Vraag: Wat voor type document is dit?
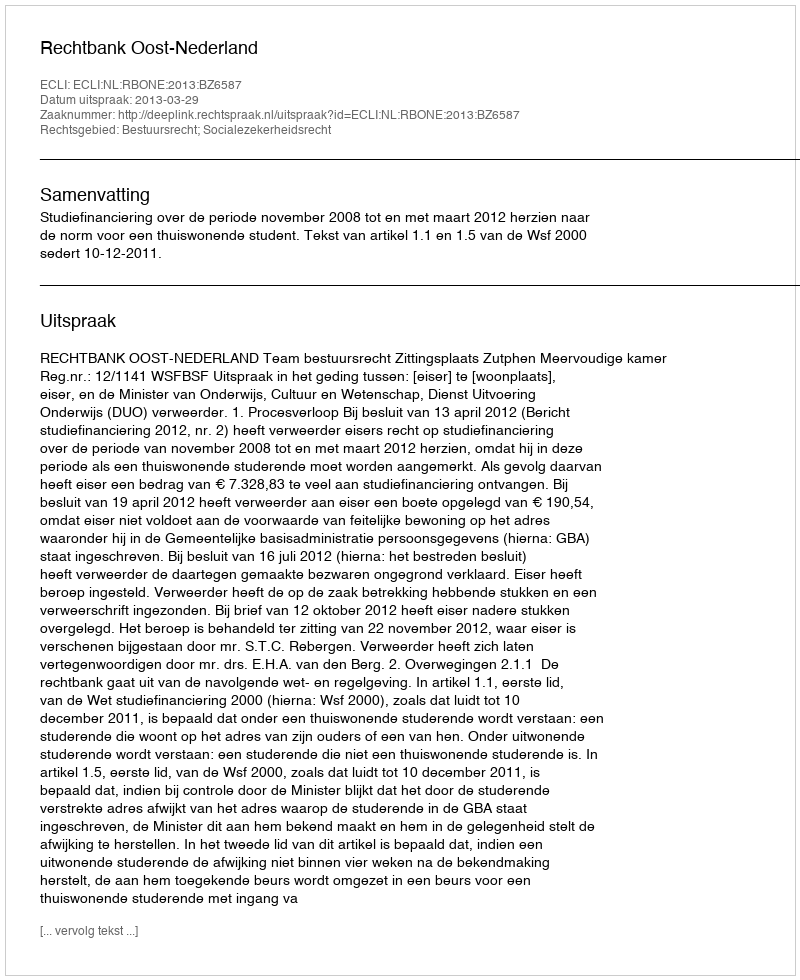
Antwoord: Uitspraak